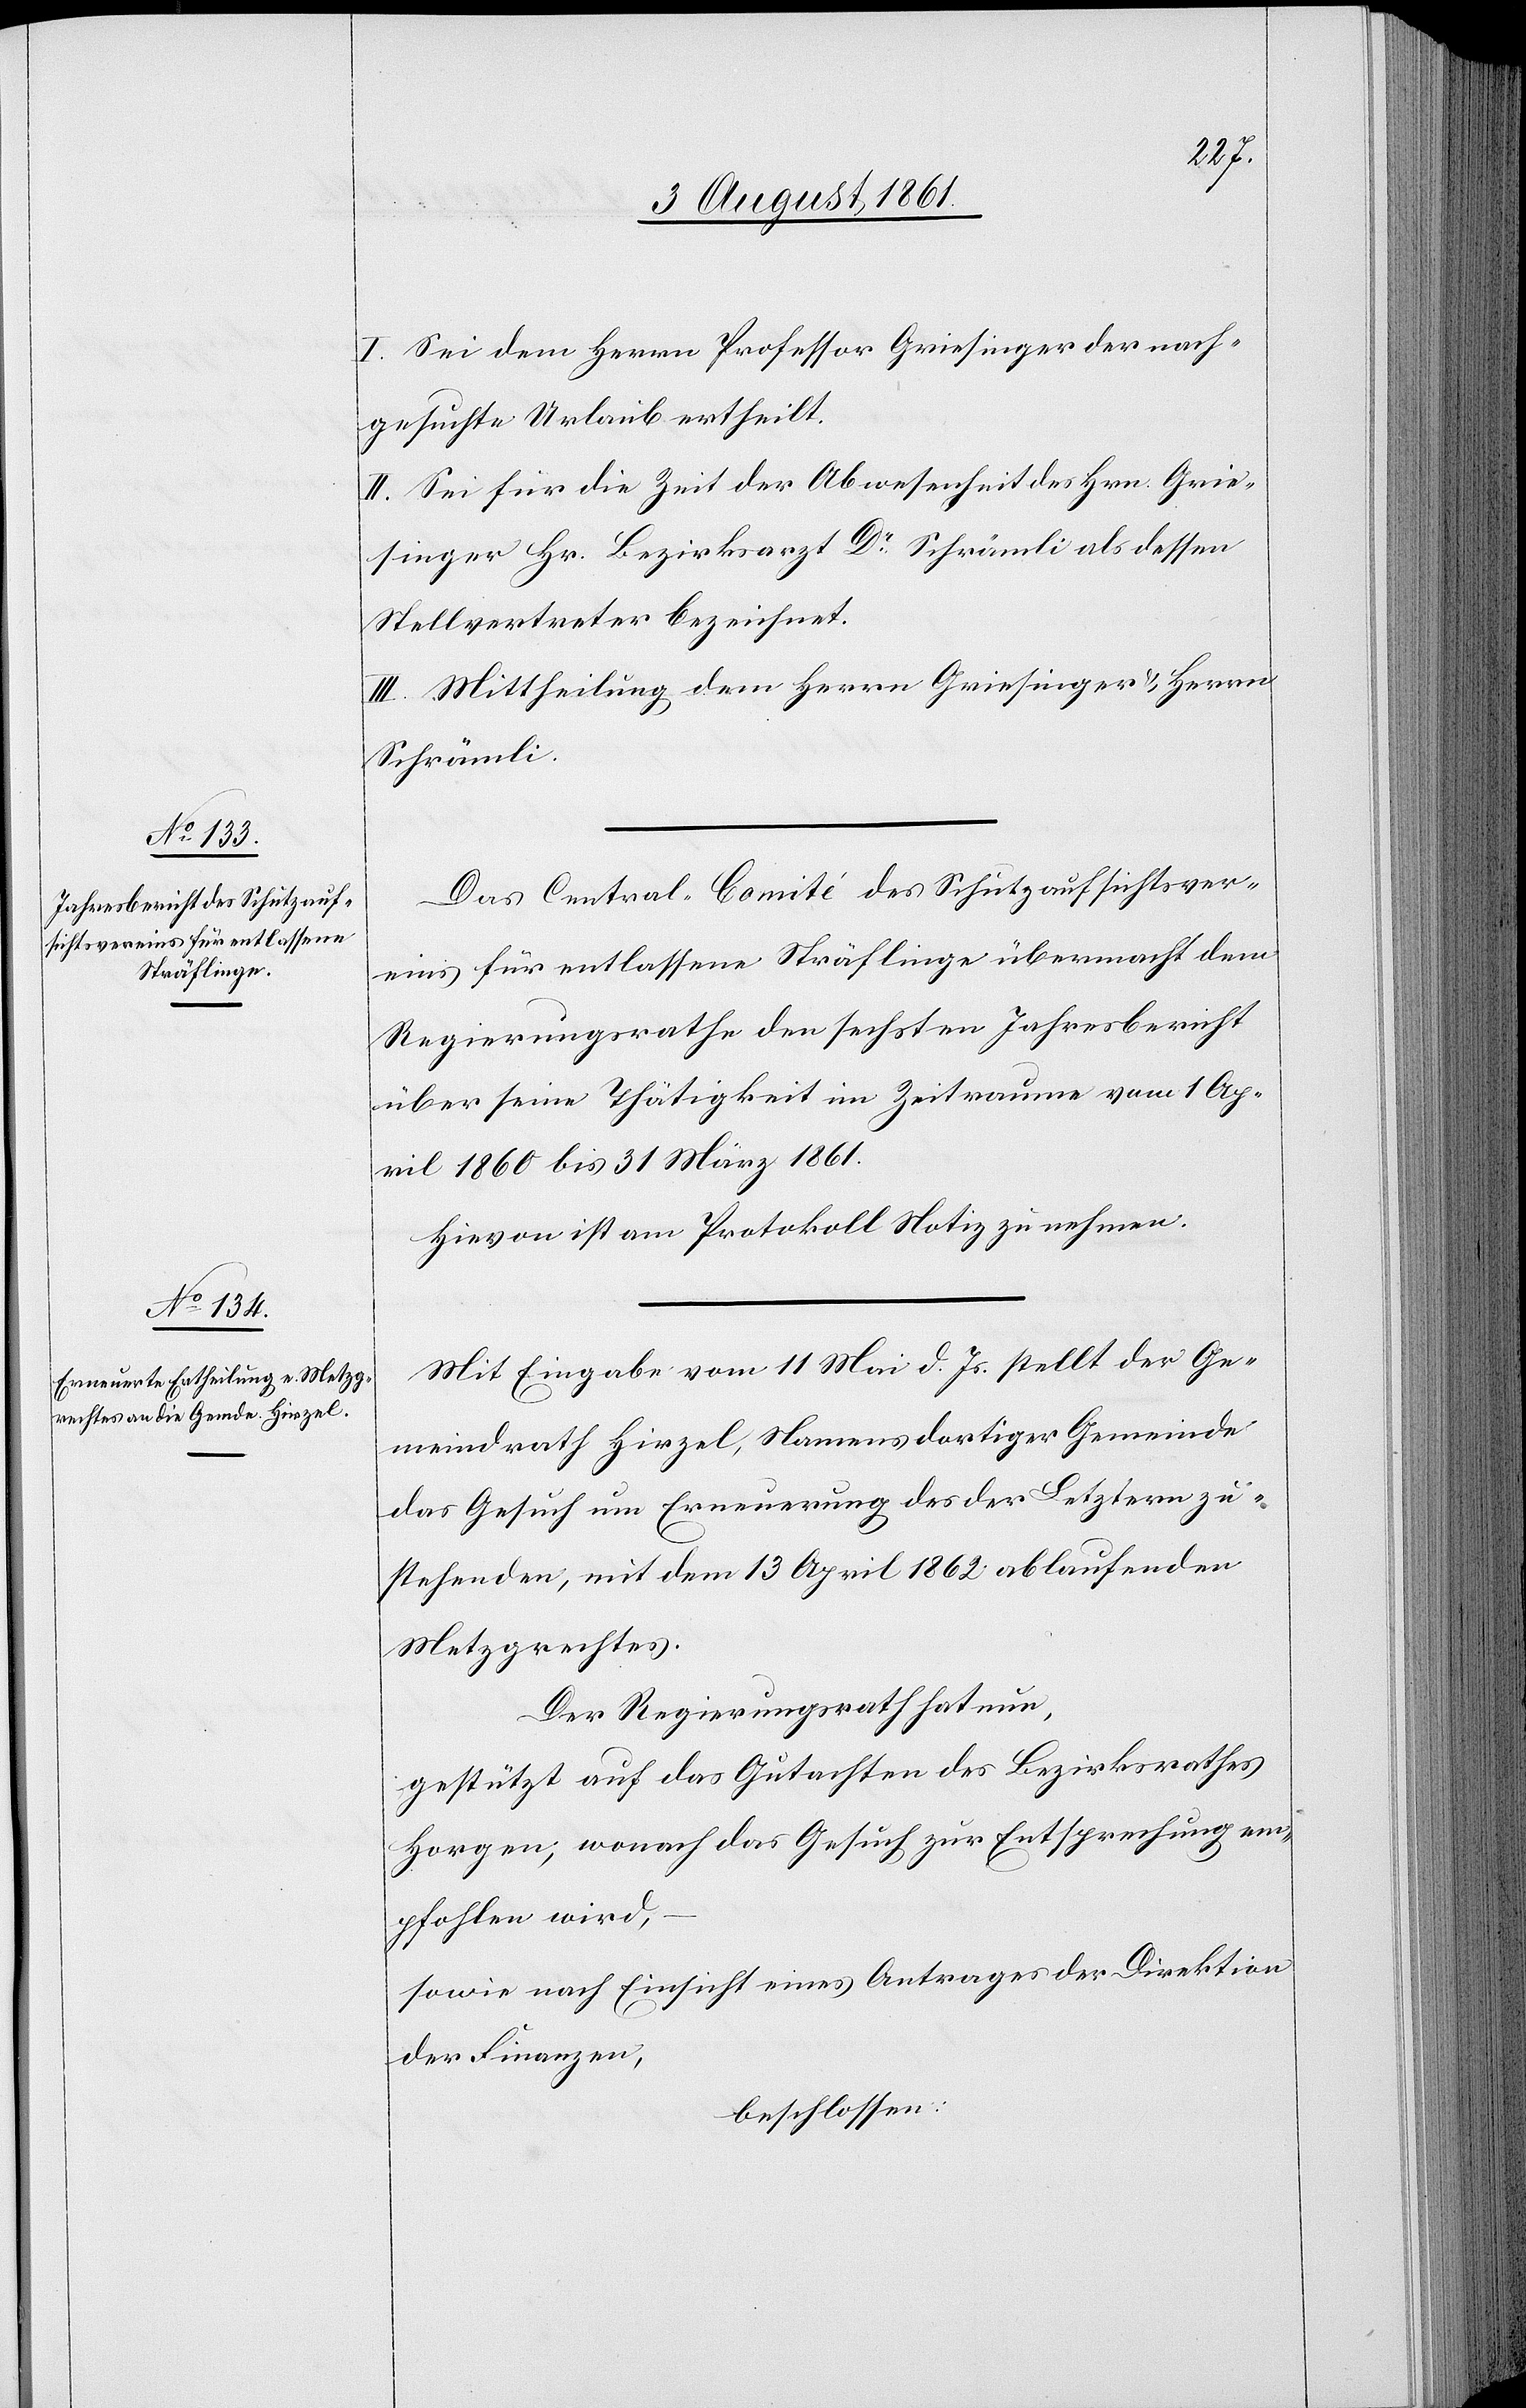
I. Sei dem Herrn Professor Griesinger der nach¬
gesuchte Urlaub ertheilt.
II. Sei für die Zeit der Abwesenheit des Hrn. Grie¬
singer Hr. Bezirksarzt Dr Schrämli als dessen
Stellvertreter bezeichnet.
III. Mittheilung dem Herrn Griesinger u. Herrn
Schrämli.
Das Central-Comité des Schutzaufsichtsver¬
eines für entlassene Sträflinge übermacht dem
Regierungsrathe den sechsten Jahresbericht
über seine Thätigkeit im Zeitraum vom 1 Ap¬
ril 1860 bis 31 März 1861.
Hievon ist am Protokoll Notiz zu nehmen.
Mit Eingabe vom 11 Mai d. Js. stellt der Ge¬
meindrath Hirzel, Namens dortiger Gemeinde
das Gesuch um Erneuerung des der Letztern zu¬
stehenden, mit dem 13 April 1862 ablaufenden
Metzgrechtes.
Der Regierungsrath hat nun,
gestützt auf das Gutachten des Bezirksrathes
Horgen, wonach das Gesuch zur Entsprechung em¬
pfohlen wird,
sowie nach Einsicht eines Antrages der Direktion
der Finanzen,
beschlossen: